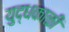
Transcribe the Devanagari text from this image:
युद्धकाळी